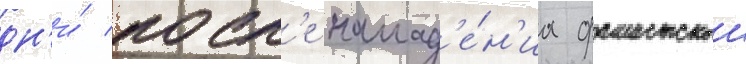
дн'и́ посл'е напад'е́н'иа фашистскои